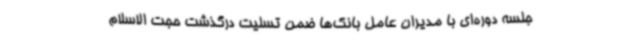
جلسه دوره‌ای با مدیران عامل بانک‌ها ضمن تسلیت درگذشت حجت الاسلام